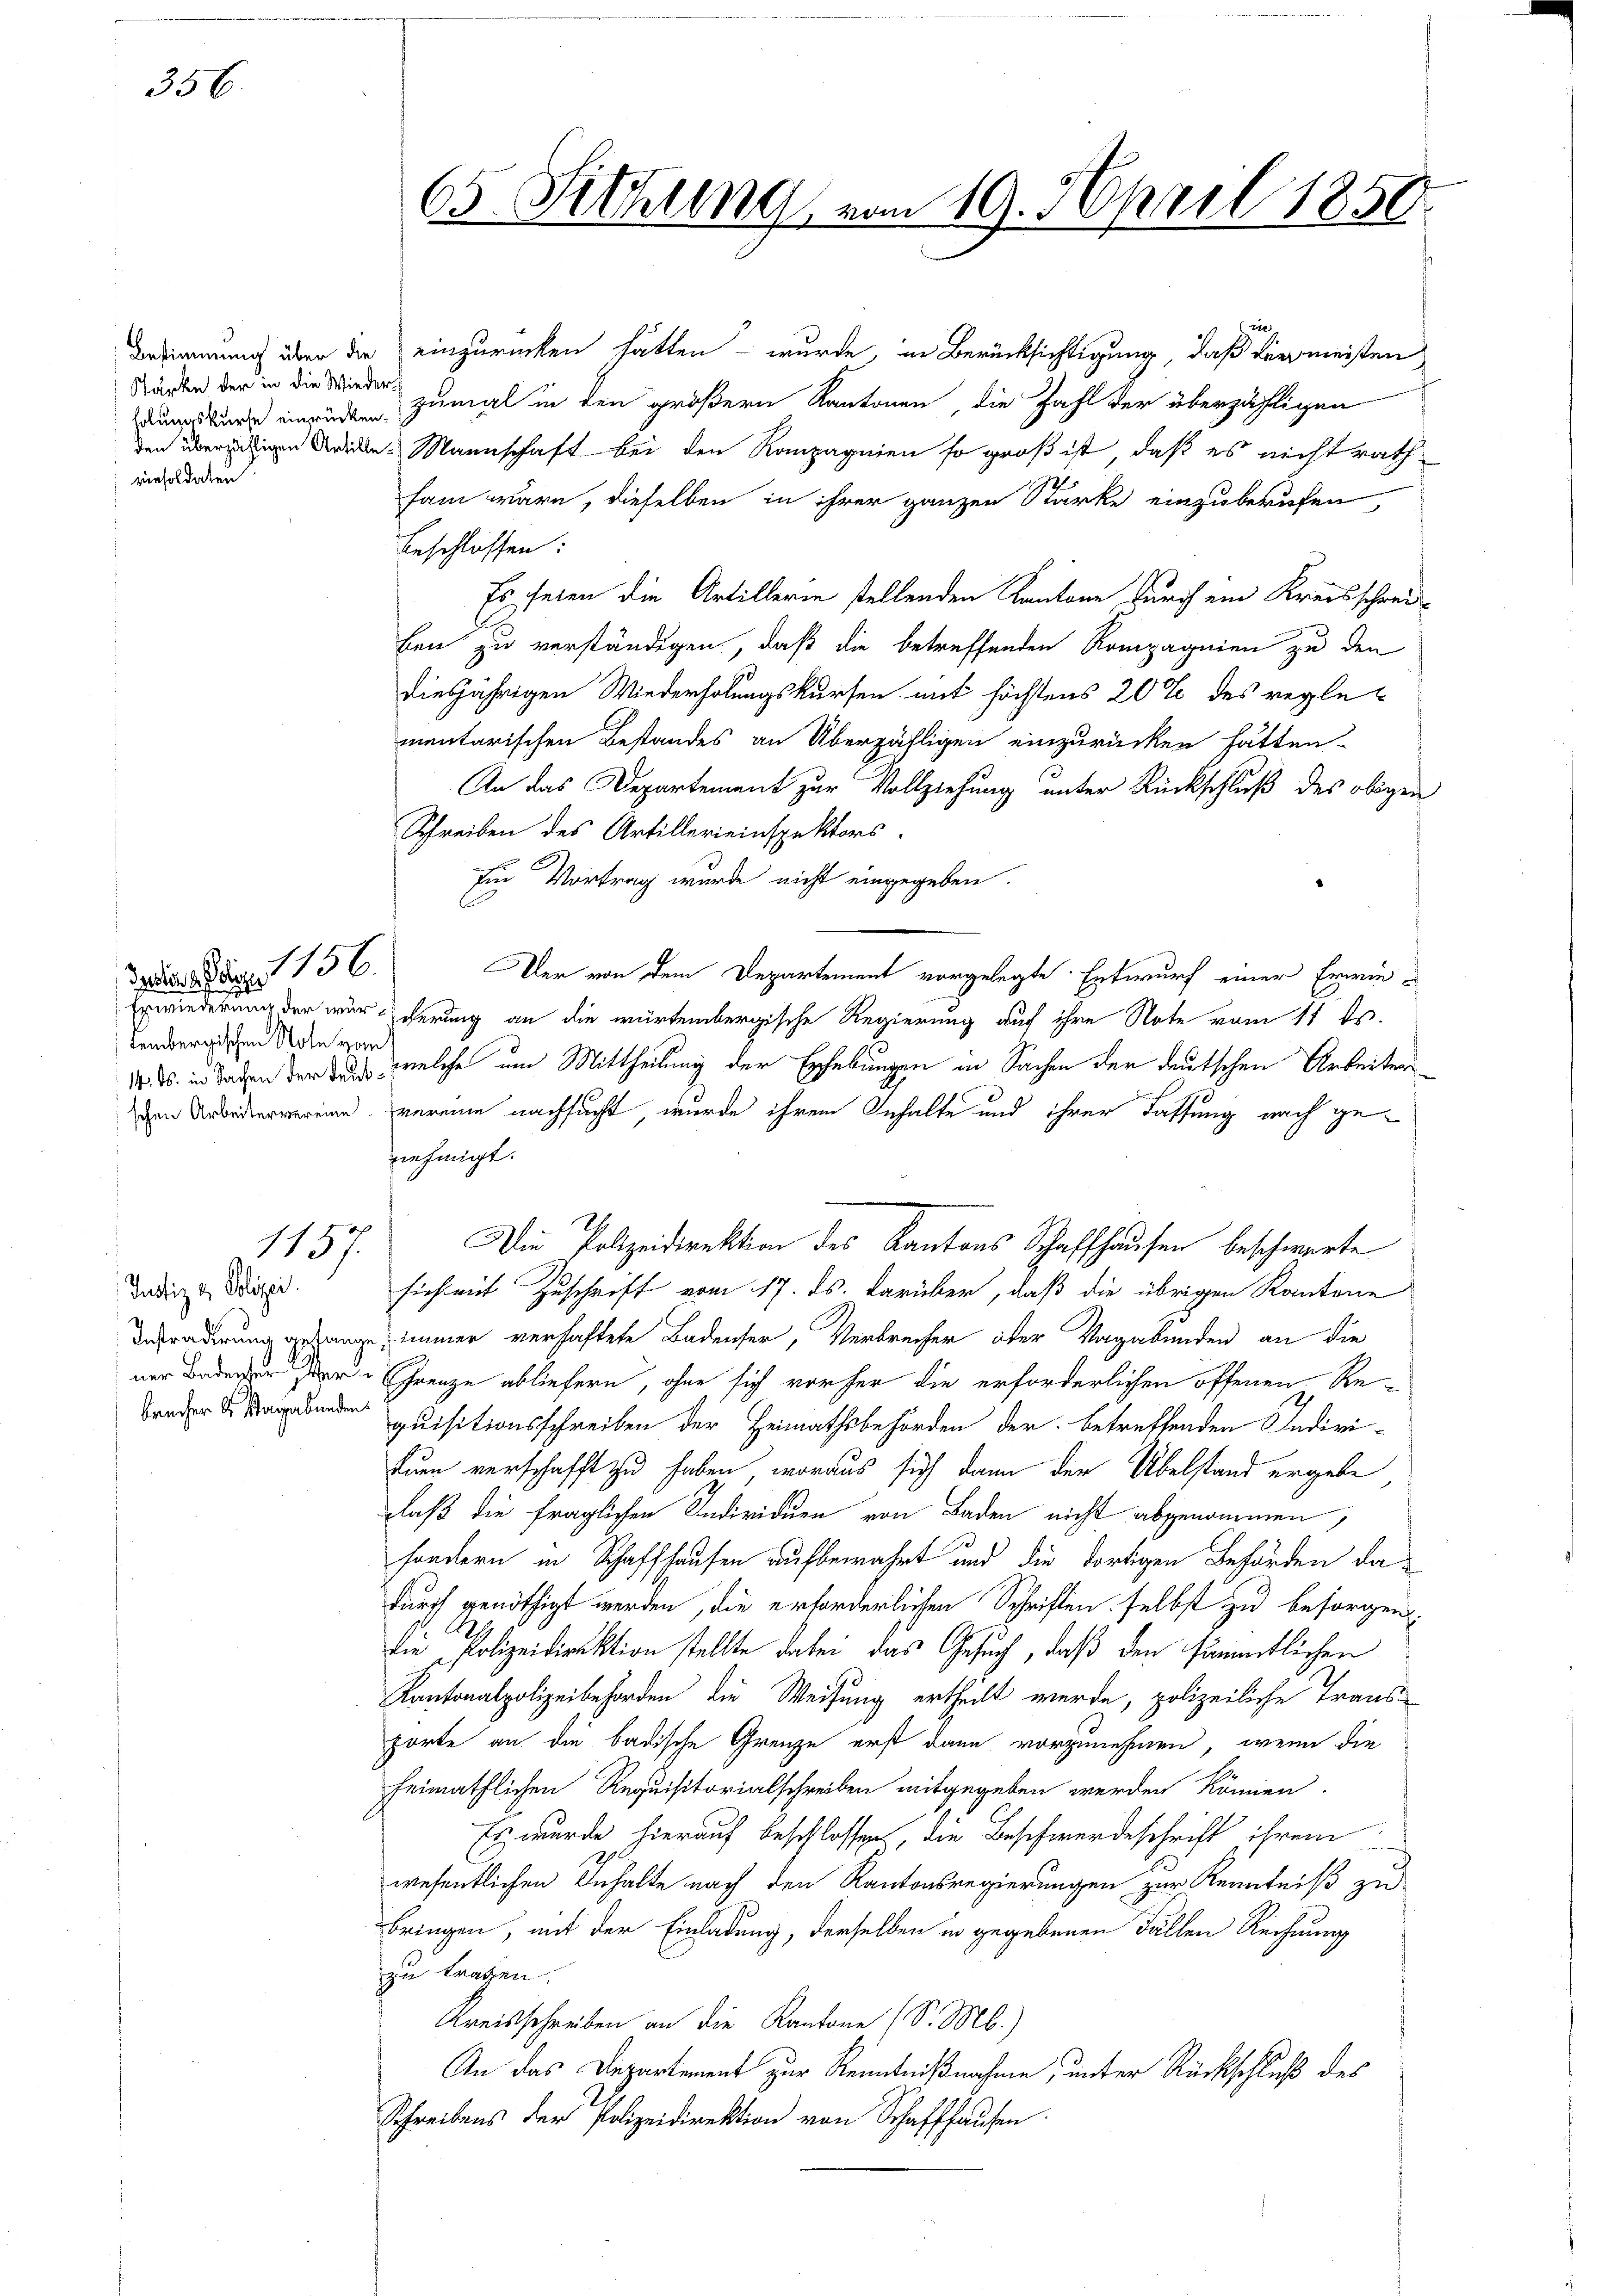
356.

Stärke der in die Wieder-
einsoldaten.

lers sage 156.
dembergischen Note vom

Justiz & Polizei.

1157.

Bestimmung über die einzurücken hätten – wurde, in Berücksichtigung, daß dermeisten
zumal in den größern Kantonen die Zahl der überzähligen
den überligen die Mannschaft bei den Rampagnien so groß ist, daß es nicht rath
sam wäre, dieselben in ihrer ganzen Stärke einzuberufen,
beschlossen:
Es seien die Artillerin stellenden Kantone durch ein Kreisschreiben zu verständigen, daß die betreffenden Kompagnien zu den
diesjährigen Wiederholungskursen mit höchstens 20 % des reglementarischen Bestandes an Überzähligen einzurücken hätten.
An das Departement zur Vollziehung unter Rückschluß des obigen
Schreiben des Artillerieinspektors.
Ein Vortrag wurde nicht eingegeben.
Der von dem Departement vorgelegte Entwurf einer Erwie¬
Erwiederung der wircherung an die würtembergische Regierung auf ihre Note vom 11 ts.
10. ds. in Taden der das welche um Mittheilung der Erhebungen in Sachen der deutschen Arbeitens
ven Arbeitervereine vereine nachsucht, wurde ihrem Inhalte und ihrer Fassung nach gefnehmigt.
Die Polizeidirektion des Kantons Schaffhausen beschwerte
sich mit Zuschrift vom 17. ds. darüber, daß die übrigen Kantone
Betradirung gegange, immer verhaftete Badenser, Verbrecher aber Vagabunden an die
ner Baden der Grenze abliefern, ohne sich vorher die erforderlichen offenen Reequisitionsschreiben der Heimathsbehörden der betreffenden Indivi-
tuen verschafft zu haben, woraus sich dann der Übelstand ergabe
laß die fraglichen Individuen von Baden nicht abgenommen,
sondern in Schaffhausen aufbewahrt und die dortigen Behörden dadurch genöthigt werden, die erforderlichen Schriften selbst zu besorgen.
die Polizeidirektion stellte dabei das Gesuch, daß den sämmtlichen
Kantonalpolizeibehörden die Weisung ertheilt werde, polizeiliche Transporte an die badische Grenze erst dann vorzunehmen, wenn die
heimathlichen Requisitorialschreiben mitgegeben werden können.
Es wurde hierauf beschlossen, die Beschwerdeschrift ihrem
wesentlichen Inhalte nach den Kantonsregierungen zur Kenntniß zu
bringen, mit der Einladung, derselben in gegebenen Fällen Rechnung
zu tragen.
Kreisschreiben an die Kantone (S. M.)
An das Departement zur Kenntnißnahme, unter Rückschluß des
Schreibens der Polizeidirektion von Schaffhausen.

65. Sitzung vom 19. April 1850.